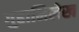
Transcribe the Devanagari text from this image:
गुहाभिलेख